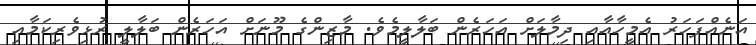
އަނެއްފަހަރު އެމީހާއާއި ދިމާލަށް އަހަރެން ބަލާލީމެވެ. މާޒިންގެ މޫނަށް އަހަރެން ބަލާލީ ރުޅިވެރިކަމާއި